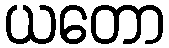
ယတော